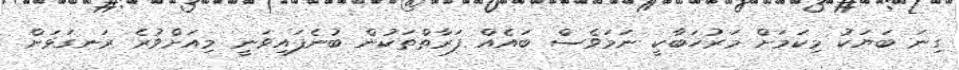
ގިނަ ބަޔަކު މިކަމަށް މަރުހަބާކީ ނަމަވެސް ބައެއް ފަރާތްތަކުން ބުނެފައިވަނީ މިއަށްވުރެ ރަނގަޅަށް